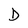
Character: D